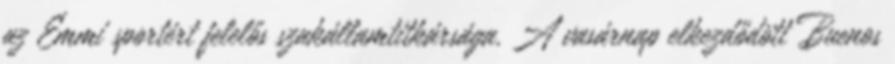
az Emmi sportért felelős szakállamtitkársága. A vasárnap elkezdődött Buenos